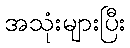
အသုံးများပြီး